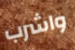
واشرب